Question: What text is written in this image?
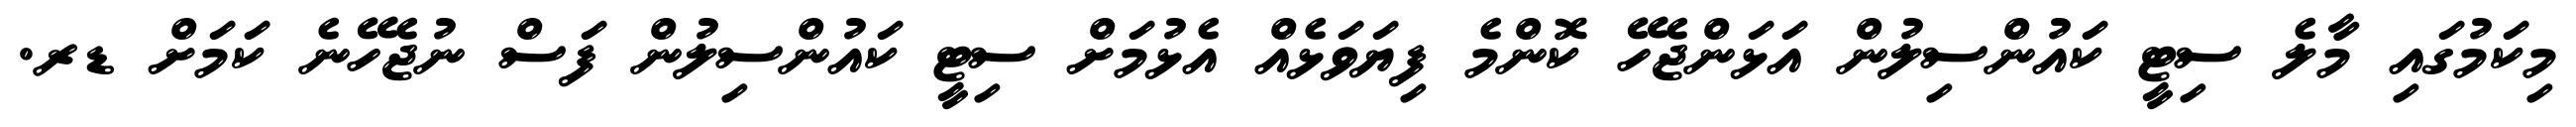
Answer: މިކަމުގައި މާލެ ސިޓީ ކައުންސިލުން އަޅަންޖެހޭ ކޮންމެ ފިޔަވަޅެއް އެޅުމަށް ސިޓީ ކައުންސިލުން ފަސް ނުޖެހޭނެ ކަމަށް ޑރ.